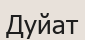
Дуйат